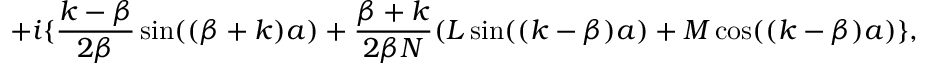
+ i \{ \frac { k - \beta } { 2 \beta } \sin ( ( \beta + k ) a ) + \frac { \beta + k } { 2 \beta N } ( L \sin ( ( k - \beta ) a ) + M \cos ( ( k - \beta ) a ) \} ,